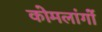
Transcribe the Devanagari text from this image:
कोमलांगों